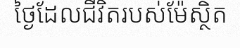
ថ្ងៃដែលជីវិតរបស់ម៉ែស្ថិត